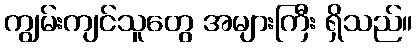
ကျွမ်းကျင်သူတွေ အများကြီး ရှိသည်။